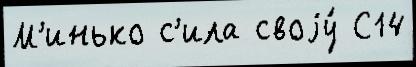
М'инько с'ила своjу́ С14